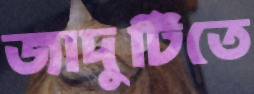
জাদুটিতে